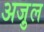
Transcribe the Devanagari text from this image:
अजु़ल